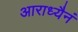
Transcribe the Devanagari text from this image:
आराध्यैनं